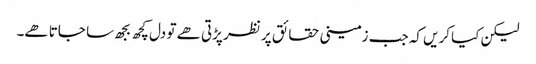
لیکن کیا کریں کہ جب زمینی حقائق پر نظر پڑتی ھے تو دل کچھ بجھ سا جاتا ھے۔